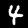
Digit: 4